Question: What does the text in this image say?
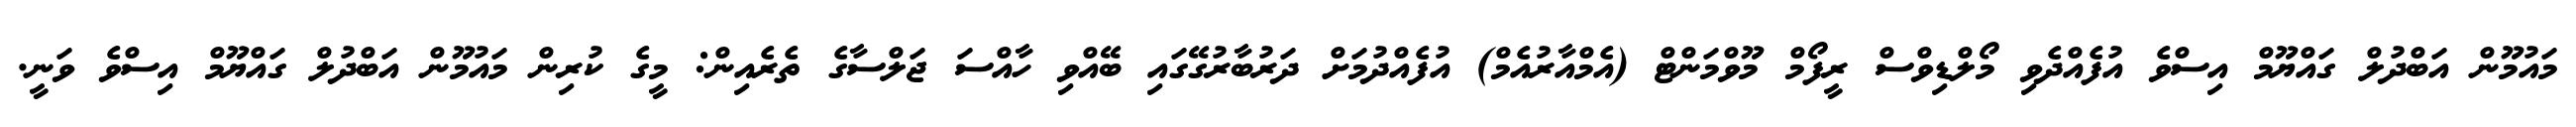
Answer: މައުމޫން އަބްދުލް ގައްޔޫމް އިސްވެ އުފެއްދެވި މޯލްޑިވްސް ރީފޯމް މޫވްމަންޓް (އެމްއާރުއެމް) އުފެއްދުމަށް ދަރުބާރުގޭގައި ބޭއްވި ހާއްސަ ޖަލްސާގެ ތެރެއިން: މީގެ ކުރިން މައުމޫން އަބްދުލް ގައްޔޫމް އިސްވެ ވަނީ.